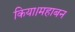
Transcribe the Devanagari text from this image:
किया।महाबन